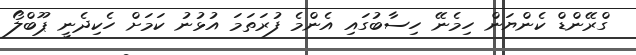
ގްރޭންޑް ކެންޔަން ހިމެނޭ ހިސާބުގައި އެންމެ ފުރަތަމަ އުޅުނު ކަމަށް ހެކިދެނީ ޕޫބްލޯ